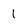
Character: 1